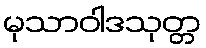
မုသာဝါဒသုတ္တ